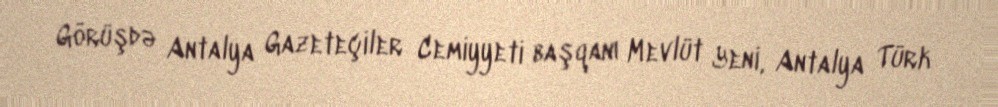
Görüşdə Antalya Gazeteçiler Cemiyyeti başqanı Mevlüt Yeni, Antalya Türk